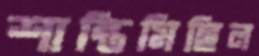
শান্তিমিছিল